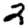
Digit: 2